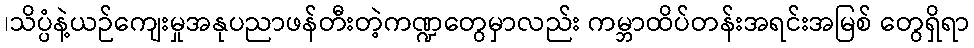
၊သိပ္ပံနဲ့ယဉ်ကျေးမှုအနုပညာဖန်တီးတဲ့ကဏ္ဍတွေမှာလည်း ကမ္ဘာထိပ်တန်းအရင်းအမြစ် တွေရှိရာ